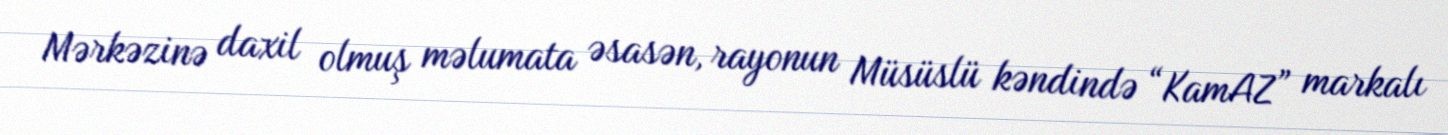
Mərkəzinə daxil olmuş məlumata əsasən, rayonun Müsüslü kəndində “KamAZ” markalı